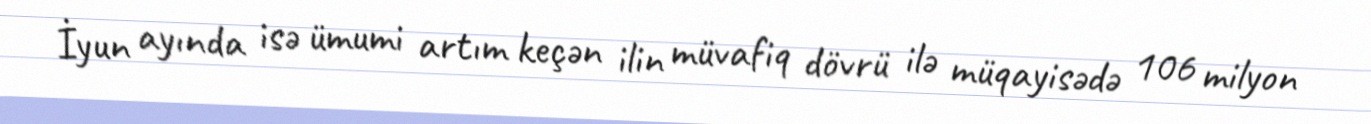
İyun ayında isə ümumi artım keçən ilin müvafiq dövrü ilə müqayisədə 106 milyon